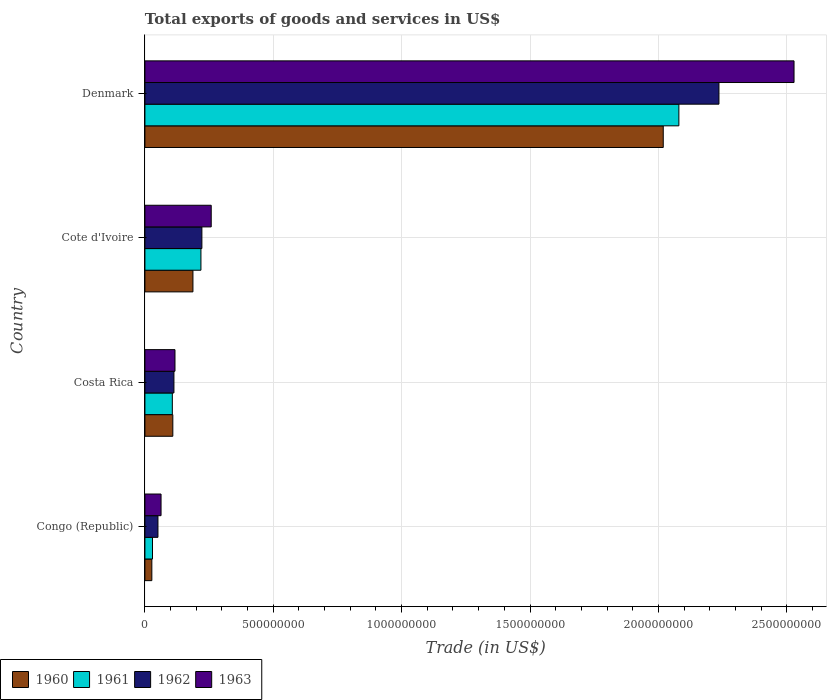
| Country | 1960 | 1961 | 1962 | 1963 |
 | --- | --- | --- | --- | --- |
 | Congo (Republic) | 2.69e+07 | 2.95e+07 | 5.08e+07 | 6.28e+07 |
 | Costa Rica | 1.09e+08 | 1.07e+08 | 1.13e+08 | 1.17e+08 |
 | Cote d'Ivoire | 1.87e+08 | 2.18e+08 | 2.22e+08 | 2.58e+08 |
 | Denmark | 2.02e+09 | 2.08e+09 | 2.24e+09 | 2.53e+09 |